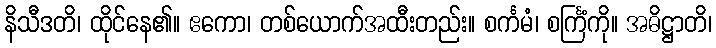
နိသီဒတိ၊ ထိုင်နေ၏။ ဧကော၊ တစ်ယောက်အထီးတည်း။ စင်္ကမံ၊ စင်္ကြံကို။ အဓိဋ္ဌာတိ၊